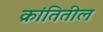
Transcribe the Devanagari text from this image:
क्रांतितील